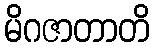
မိဂဇာတာတိ